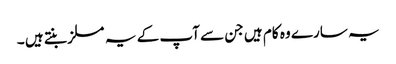
یہ سارے وہ کام ہیں جن سے آپ کے یہ مسلز بنتے ہیں ۔